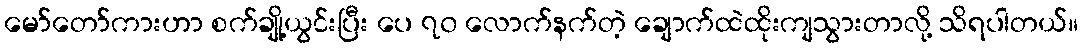
မော်တော်ကားဟာ စက်ချို့ယွင်းပြီး ပေ ၇၀ လောက်နက်တဲ့ ချောက်ထဲထိုးကျသွားတာလို့ သိရပါတယ်။